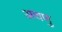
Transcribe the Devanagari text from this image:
अचणु